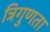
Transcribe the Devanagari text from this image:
त्रिगुणता